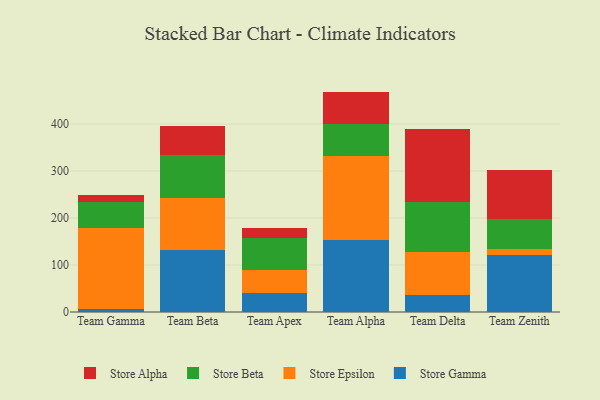
{"axis": {"x": "Team", "y": "Population (Million)"}, "legend": ["Store Alpha", "Store Beta", "Store Epsilon", "Store Gamma"], "data": [{"x": "Team Gamma", "y": 7.0, "type": "Store Gamma"}, {"x": "Team Gamma", "y": 172.3, "type": "Store Epsilon"}, {"x": "Team Gamma", "y": 53.9, "type": "Store Beta"}, {"x": "Team Gamma", "y": 15.0, "type": "Store Alpha"}, {"x": "Team Beta", "y": 132.6, "type": "Store Gamma"}, {"x": "Team Beta", "y": 110.2, "type": "Store Epsilon"}, {"x": "Team Beta", "y": 91.0, "type": "Store Beta"}, {"x": "Team Beta", "y": 61.4, "type": "Store Alpha"}, {"x": "Team Apex", "y": 41.3, "type": "Store Gamma"}, {"x": "Team Apex", "y": 48.6, "type": "Store Epsilon"}, {"x": "Team Apex", "y": 66.6, "type": "Store Beta"}, {"x": "Team Apex", "y": 22.5, "type": "Store Alpha"}, {"x": "Team Alpha", "y": 154.1, "type": "Store Gamma"}, {"x": "Team Alpha", "y": 178.5, "type": "Store Epsilon"}, {"x": "Team Alpha", "y": 67.4, "type": "Store Beta"}, {"x": "Team Alpha", "y": 68.9, "type": "Store Alpha"}, {"x": "Team Delta", "y": 37.1, "type": "Store Gamma"}, {"x": "Team Delta", "y": 89.8, "type": "Store Epsilon"}, {"x": "Team Delta", "y": 106.4, "type": "Store Beta"}, {"x": "Team Delta", "y": 156.0, "type": "Store Alpha"}, {"x": "Team Zenith", "y": 121.8, "type": "Store Gamma"}, {"x": "Team Zenith", "y": 11.6, "type": "Store Epsilon"}, {"x": "Team Zenith", "y": 65.2, "type": "Store Beta"}, {"x": "Team Zenith", "y": 104.2, "type": "Store Alpha"}]}